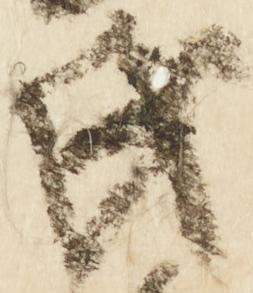
氏